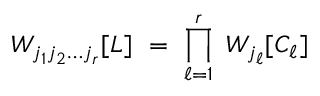
W _ { j _ { 1 } j _ { 2 } \ldots j _ { r } } [ L ] \ = \ \prod _ { \ell = 1 } ^ { r } \ W _ { j _ { \ell } } [ C _ { \ell } ]